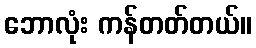
ဘောလုံး ကန်တတ်တယ်။